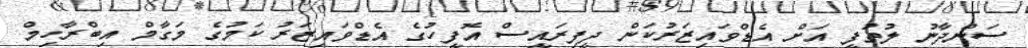
ސަންދާނު ލުތުފީ އަށް އެޑްވައިޒަރުކަން ދީފިރައީސް އޮފީހުގެ އެޑްވައިޒަރު ކަމުގެ މަގާމް އިބްރާހިމް